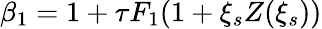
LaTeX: \beta_{1}=1+\tau F_{1}(1+\xi_{s}Z(\xi_{s}))